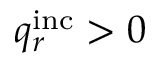
q _ { r } ^ { \mathrm { i n c } } > 0